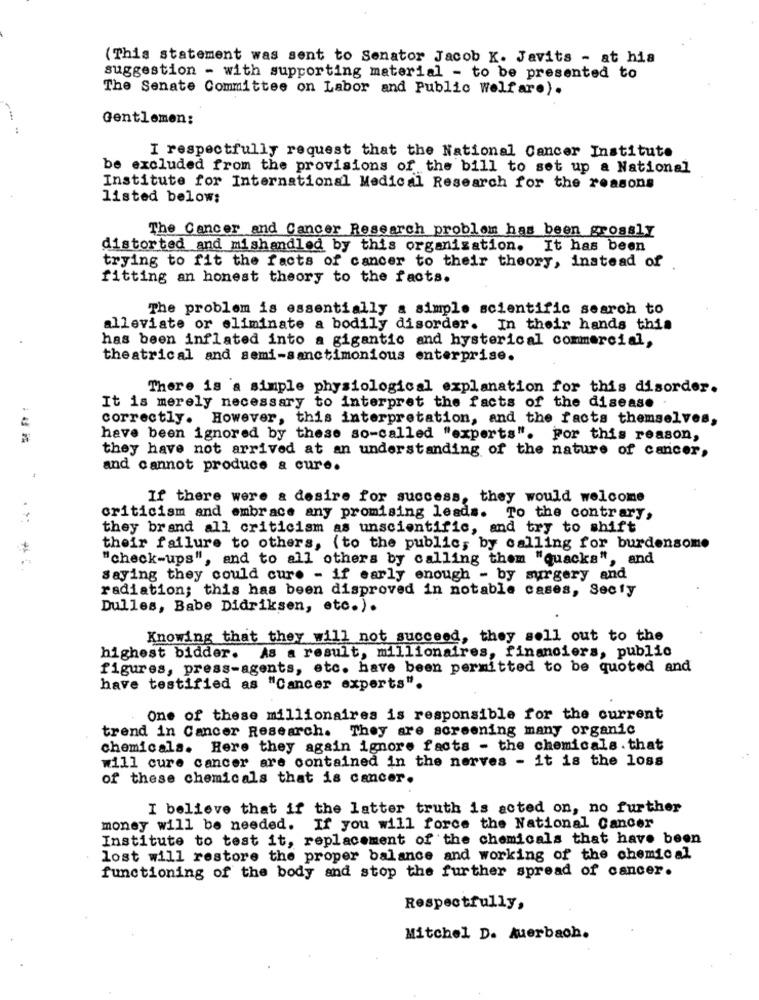
(This statement was sent to Senator Jacob K. Javits - at his
suggestion - with supporting material - to be presented to
The Senate Committee on Labor and Public welfare).
Gentlemen:
:
I respectfully request that the National Cancer Institute
be excluded from the provisions of the bill to set up a National
Institute for International Medical Research for the reasons
listed below:
The Cancer and Cancer Research problem has been grossly
distorted and mishandled by this organisation. It has been
trying to fit the facts of cancer to their theory, instead of
fitting an honest theory to the facts.
The problem is essentially a simple scientific search to
alleviate or eliminate a bodily disorder. In their hands this
has been inflated into a gigantic and hysterical commercial,
theatrical and semi-sanctimonious enterprise.
There is a simple physiological explanation for this disorder.
It is merely necessary to interpret the facts of the disease
correctly. However, this interpretation, and the facts themselves,
have been ignored by these so-called "experts". For this reason,
they have not arrived at an understanding of the nature of cancer,
and cannot produce & cure.
If there were a desire for success, they would welcome
criticism and embrace any promising leads. To the contrary,
they brand all criticism as unscientific, and try to shift
their failure to others, (to the public, by calling for burdensome
"check-ups", and to all others by calling them "quacks", and
saying they could cur. - if early enough - by surgery and
radiation; this has been disproved in notable cases, Secty
Dulles, Babe Didriksen, etc.).
Knowing that they will not succeed, they sell out to the
highest bidder. As a result, millionaires, financiers, public
figures, press-agents, etc. have been permitted to be quoted and
have testified as "Cancer experts".
One of these millionaires is responsible for the current
trend in Cancer Research. They are screening many organic
chemicals. Here they again ignore facts - the chemicals . that
will cure cancer are contained in the nerves - it is the loss
of these chemicals that is cancer.
I believe that if the latter truth is acted on, no further
money will be needed. If you will force the National Cancer
Institute to test it, replacement of the chemicals that have been
lost will restore the proper balance and working of the chemical
functioning of the body and stop the further spread of cancer.
Respectfully,
Mitchel D. Auerbach.